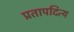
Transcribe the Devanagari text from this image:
प्रतापदित्य